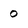
Character: o